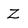
Character: Z